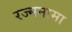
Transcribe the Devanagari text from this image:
रज्मनामा